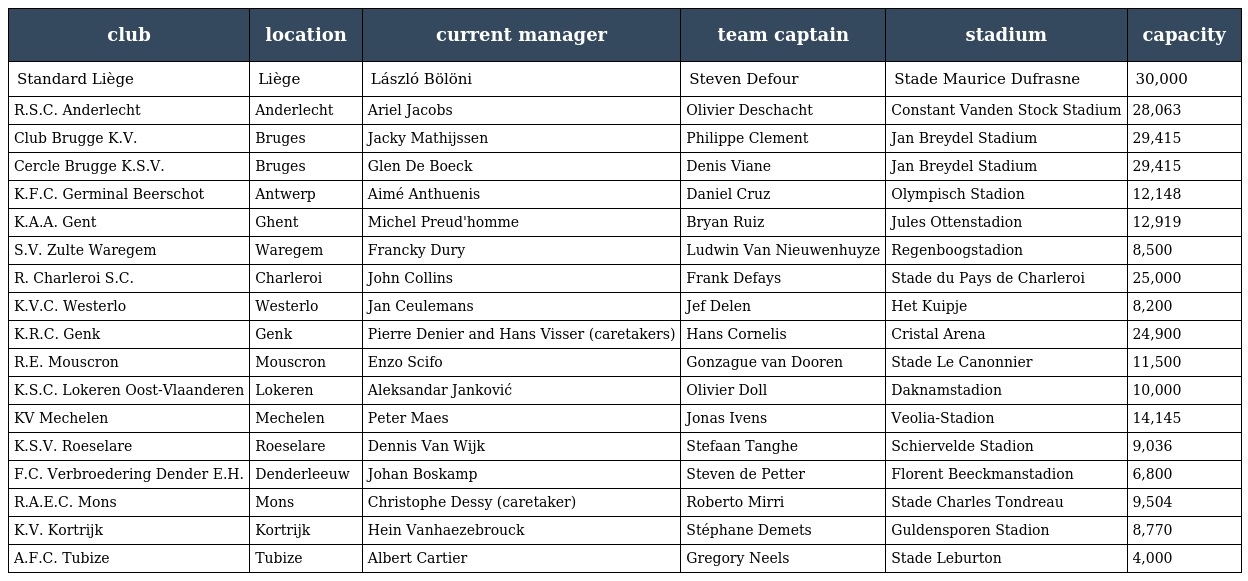
| club | location | current manager | team captain | stadium | capacity |
 | --- | --- | --- | --- | --- | --- |
 | Standard Liège | Liège | László Bölöni | Steven Defour | Stade Maurice Dufrasne | 30,000 |
 | R.S.C. Anderlecht | Anderlecht | Ariel Jacobs | Olivier Deschacht | Constant Vanden Stock Stadium | 28,063 |
 | Club Brugge K.V. | Bruges | Jacky Mathijssen | Philippe Clement | Jan Breydel Stadium | 29,415 |
 | Cercle Brugge K.S.V. | Bruges | Glen De Boeck | Denis Viane | Jan Breydel Stadium | 29,415 |
 | K.F.C. Germinal Beerschot | Antwerp | Aimé Anthuenis | Daniel Cruz | Olympisch Stadion | 12,148 |
 | K.A.A. Gent | Ghent | Michel Preud'homme | Bryan Ruiz | Jules Ottenstadion | 12,919 |
 | S.V. Zulte Waregem | Waregem | Francky Dury | Ludwin Van Nieuwenhuyze | Regenboogstadion | 8,500 |
 | R. Charleroi S.C. | Charleroi | John Collins | Frank Defays | Stade du Pays de Charleroi | 25,000 |
 | K.V.C. Westerlo | Westerlo | Jan Ceulemans | Jef Delen | Het Kuipje | 8,200 |
 | K.R.C. Genk | Genk | Pierre Denier and Hans Visser (caretakers) | Hans Cornelis | Cristal Arena | 24,900 |
 | R.E. Mouscron | Mouscron | Enzo Scifo | Gonzague van Dooren | Stade Le Canonnier | 11,500 |
 | K.S.C. Lokeren Oost-Vlaanderen | Lokeren | Aleksandar Janković | Olivier Doll | Daknamstadion | 10,000 |
 | KV Mechelen | Mechelen | Peter Maes | Jonas Ivens | Veolia-Stadion | 14,145 |
 | K.S.V. Roeselare | Roeselare | Dennis Van Wijk | Stefaan Tanghe | Schiervelde Stadion | 9,036 |
 | F.C. Verbroedering Dender E.H. | Denderleeuw | Johan Boskamp | Steven de Petter | Florent Beeckmanstadion | 6,800 |
 | R.A.E.C. Mons | Mons | Christophe Dessy (caretaker) | Roberto Mirri | Stade Charles Tondreau | 9,504 |
 | K.V. Kortrijk | Kortrijk | Hein Vanhaezebrouck | Stéphane Demets | Guldensporen Stadion | 8,770 |
 | A.F.C. Tubize | Tubize | Albert Cartier | Gregory Neels | Stade Leburton | 4,000 |